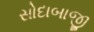
સોદાબાજી